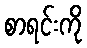
စာရင်းကို